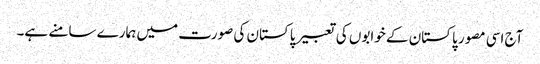
آج اسی مصور پاکستان کے خوابوں کی تعبیر پاکستان کی صورت میں ہمارے سامنے ہے۔